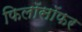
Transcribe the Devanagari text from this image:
फिलॉसॉफर